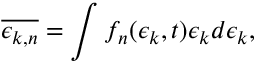
\overline { { \epsilon _ { k , n } } } = \int f _ { n } ( \epsilon _ { k } , t ) \epsilon _ { k } d \epsilon _ { k } ,